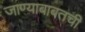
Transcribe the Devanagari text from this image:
जाण्याबाबतची